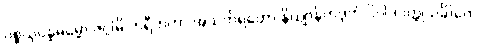
ပစ္စယုပ္ပန္နဓမ္မော ဇဂ္ဂါမိ ဟရီတကာ အသင်္ကရတော နိယျာနိကဒုကံ ဝိဝါဒဝတ္ထုသင်္ခါတေ